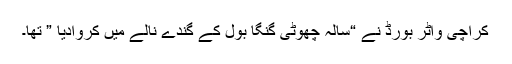
کراچی واٹر بورڈ نے “سالہ چھوٹی گنگا بول کے گندے نالے میں کروادیا ” تھا۔